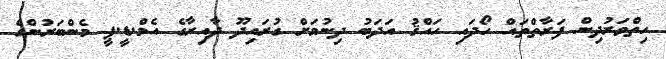
ހިތްވަރުދިން ފަރާތްތައް ހޯދައި ހައްޤު އަދަބު ދިނުމަށް ގުރައިދޫ ދާއިރާގެ އެމް.ޑީ.ޕީ މެންބަރުންގެ